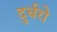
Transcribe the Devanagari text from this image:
दुर्धरो